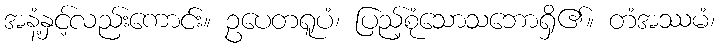
အနံ့နှင့်လည်းကောင်း။ ဥပေတရူပံ၊ ပြည့်စုံသောသဘောရှိ၏။ တံအဿမံ၊